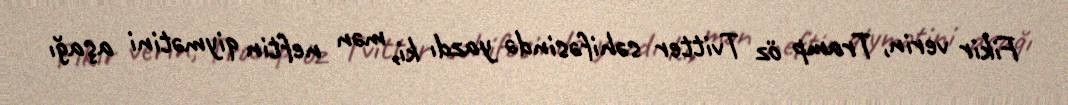
Fikir verin, Tramp öz Tvitter səhifəsində yazdı ki, mən neftin qiymətini aşağı